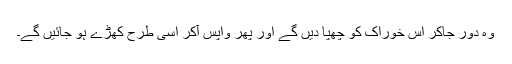
وہ دور جاکر اس خوراک کو چھپا دیں گے اور پھر واپس آکر اسی طرح کھڑے ہو جائیں گے۔